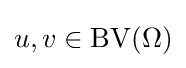
u,v\in \operatorname {\operatorname {BV} } (\Omega )